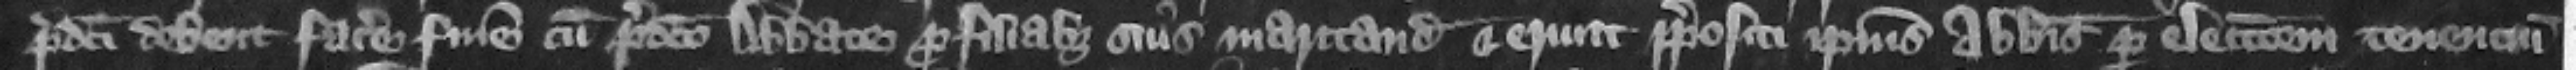
predicti debent facere finem cum predicto abbate pro filiabus suis maritandis et erunt prepositi ipsius abbatis per electionem tenencium